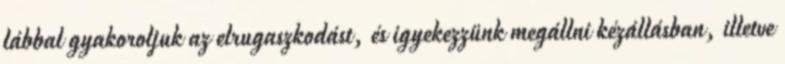
lábbal gyakoroljuk az elrugaszkodást, és igyekezzünk megállni kézállásban, illetve